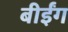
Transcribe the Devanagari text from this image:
बीईंग